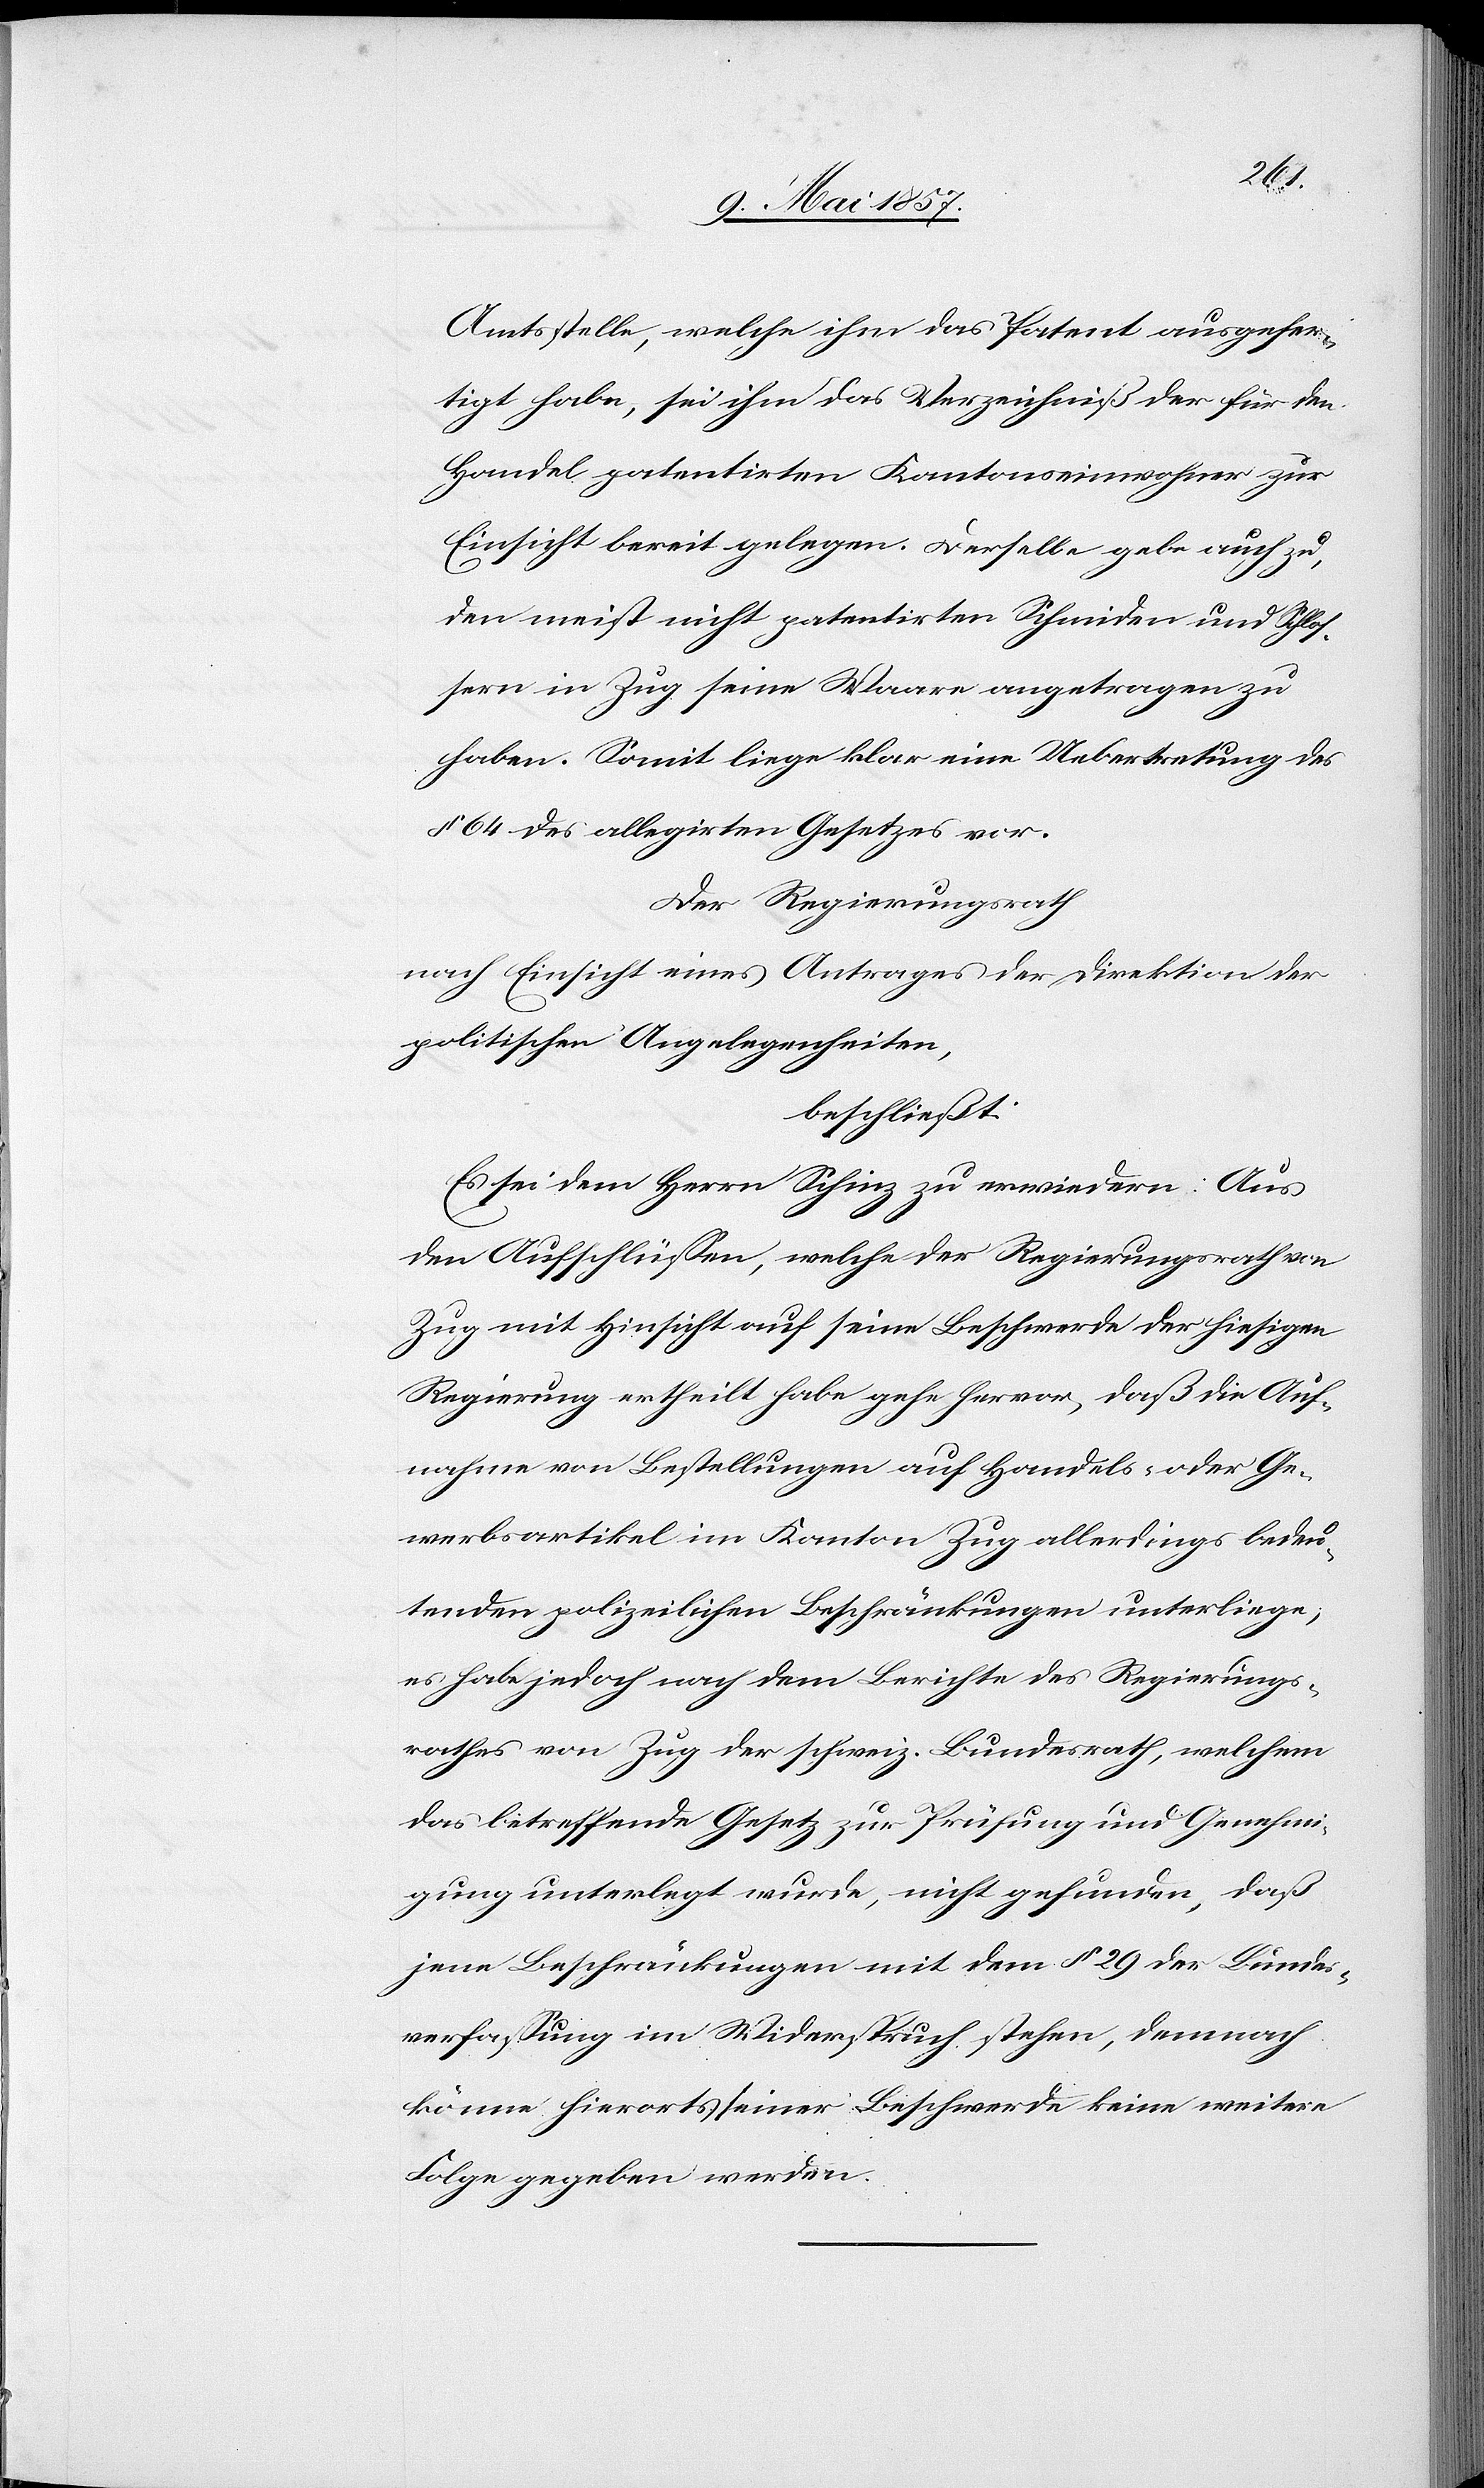
Amtsstelle, welche ihm das Patent ausgefer¬
tigt habe, sei ihm das Verzeichniß der für den
Handel patentirten Kantonseinwohner zur
Einsicht bereit gelegen. Derselbe gebe auch zu,
den meist nicht patentirten Schmiden und Schlos¬
sern in Zug seine Waare angetragen zu
haben. Somit liege klar eine Uebertretung des
§ 64 des allegirten Gesetzes vor.
Der Regierungsrath
nach Einsicht eines Antrages der Direktion der
politischen Angelegenheiten,
beschließt:
Es sei dem Herrn Schinz zu erwiedern: Aus
den Aufschlüssen, welche der Regierungsrath von
Zug mit Hinsicht auf seine Beschwerde der hiesigen
Regierung ertheilt habe gehe hervor, daß die Auf¬
nahme von Bestellungen auf Handels- oder Ge¬
werbsartikel im Kanton Zug allerdings bedeu¬
tenden polizeilichen Beschränkungen unterliege;
es habe jedoch nach dem Berichte des Regierungs¬
rathes von Zug der schweiz. Bundesrath, welchem
das betreffende Gesetz zur Prüfung und Genehmi¬
gung unterlegt wurde nicht gefunden, daß
jene Beschränkungen mit dem § 29 der Bundes¬
verfassung im Widerspruch stehe, demnach
könne hierorts seiner Beschwerde keine weitere
Folge gegeben werden.